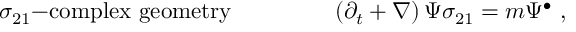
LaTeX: \sigma _ { 2 1 } \mathrm { - c o m p l e x ~ g e o m e t r y } ~ ~ ~ ~ ~ ~ ~ ~ ~ ~ ~ ~ ~ \left( \partial _ { t } + \nabla \right) \Psi \sigma _ { 2 1 } = m \Psi ^ { \bullet } ~ ,